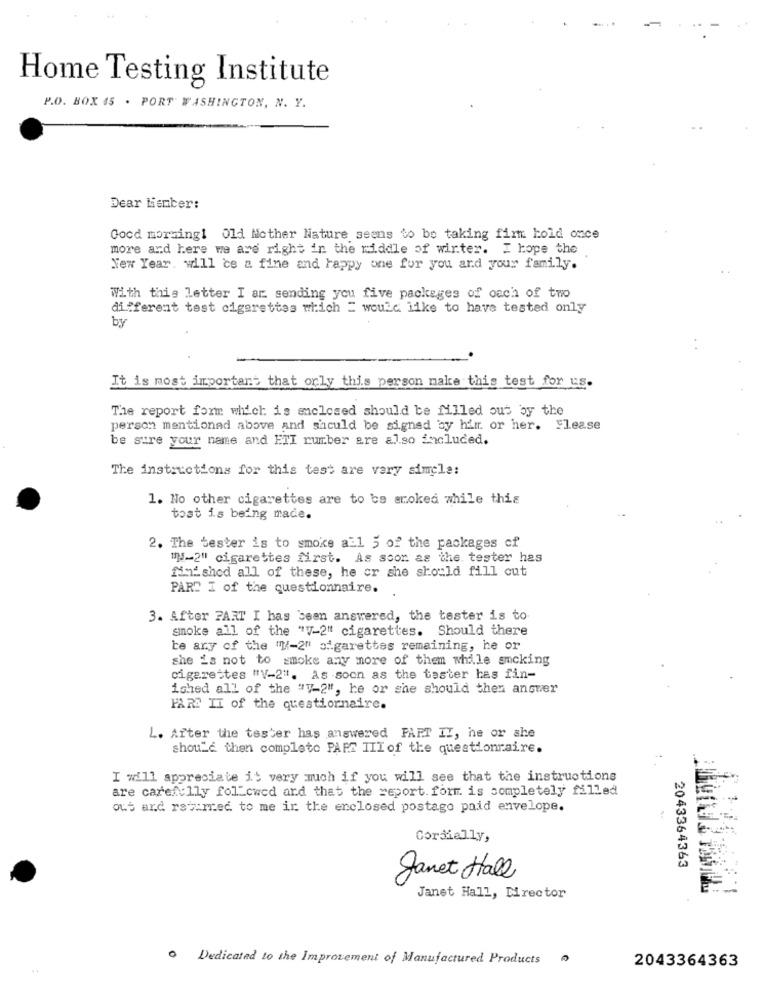
Home Testing Institute
P.O. BOX 15 . PORT WASHINGTON, N. Y.
Dear Menber:
Good morning! Old Mother Nature seens to be taking firm hold once
more and here we are right in the middle of winter. I hope the
Yer Year. will ce a fine and happy one for you and your family.
With this letter I ar sending you five packages of cach of two
different test cigarettes which = would like to have tested only
by
It is most important that orly this person make this test for us.
The report form which is enclosed should be filled out by the
person mentioned above and should be signed by him or her. Flease
be sure your name and ETI rumber are also included.
The instructions for this test are very simple:
1. No other cigarettes are to be anoked while this
tost is being made.
2. The tester is to smoke all 5 of the packages of
"- 2" cigarettes first. As soon as the tester has
finished all of these, he or she should fill out
PART I of the questionnaire.
3. After PART I has seen answered, the tester is to
smoke all of the "V-2" cigarettes. Should there
be any of the "-2" cigarettes remaining, he or
she is not to smoke any more of them while smoking
cigarettes "V-2". As soon as the tester has fin-
ished all of the "V-2", he or she should then answer
PART II of the questionnaire.
L. After the tester has answered FART II, he or she
should then completo PAPE III of the questionraire.
I will appreciate it very much if you will see that the instructions
are carefully followed and that the report. form is completely filled
ous and returned to me ir the enclosed postage paid envelope.
Cordially,
2043364363
Janet Hall
Janet Hall, Director
. Dedicated to the Improvement of Manufactured Products
2043364363